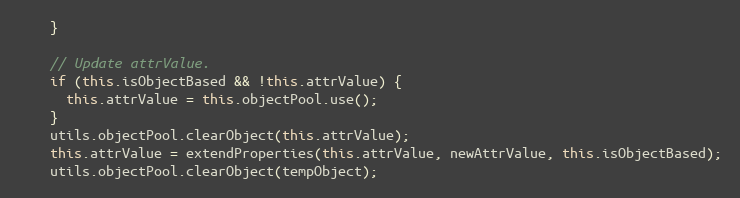
Language: JavaScript
    }

    // Update attrValue.
    if (this.isObjectBased && !this.attrValue) {
      this.attrValue = this.objectPool.use();
    }
    utils.objectPool.clearObject(this.attrValue);
    this.attrValue = extendProperties(this.attrValue, newAttrValue, this.isObjectBased);
    utils.objectPool.clearObject(tempObject);